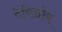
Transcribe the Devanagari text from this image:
वेनिसीय